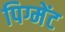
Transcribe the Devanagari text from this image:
पिग्मेंट